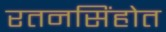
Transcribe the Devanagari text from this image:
रतनसिंहोत